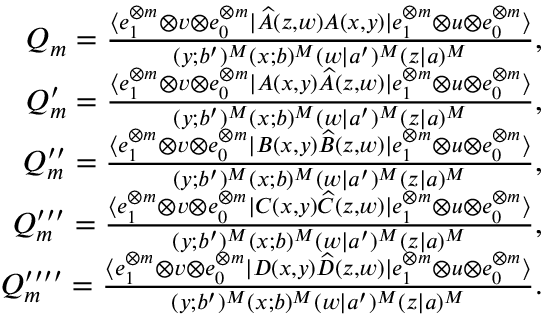
\begin{array} { r } { Q _ { m } = \frac { \langle e _ { 1 } ^ { \otimes m } \otimes v \otimes e _ { 0 } ^ { \otimes m } | \widehat { A } ( z , w ) A ( x , y ) | e _ { 1 } ^ { \otimes m } \otimes u \otimes e _ { 0 } ^ { \otimes m } \rangle } { ( y ; b ^ { \prime } ) ^ { M } ( x ; b ) ^ { M } ( w | a ^ { \prime } ) ^ { M } ( z | a ) ^ { M } } , } \\ { Q _ { m } ^ { \prime } = \frac { \langle e _ { 1 } ^ { \otimes m } \otimes v \otimes e _ { 0 } ^ { \otimes m } | A ( x , y ) \widehat { A } ( z , w ) | e _ { 1 } ^ { \otimes m } \otimes u \otimes e _ { 0 } ^ { \otimes m } \rangle } { ( y ; b ^ { \prime } ) ^ { M } ( x ; b ) ^ { M } ( w | a ^ { \prime } ) ^ { M } ( z | a ) ^ { M } } , } \\ { Q _ { m } ^ { \prime \prime } = \frac { \langle e _ { 1 } ^ { \otimes m } \otimes v \otimes e _ { 0 } ^ { \otimes m } | B ( x , y ) \widehat { B } ( z , w ) | e _ { 1 } ^ { \otimes m } \otimes u \otimes e _ { 0 } ^ { \otimes m } \rangle } { ( y ; b ^ { \prime } ) ^ { M } ( x ; b ) ^ { M } ( w | a ^ { \prime } ) ^ { M } ( z | a ) ^ { M } } , } \\ { Q _ { m } ^ { \prime \prime \prime } = \frac { \langle e _ { 1 } ^ { \otimes m } \otimes v \otimes e _ { 0 } ^ { \otimes m } | C ( x , y ) \widehat { C } ( z , w ) | e _ { 1 } ^ { \otimes m } \otimes u \otimes e _ { 0 } ^ { \otimes m } \rangle } { ( y ; b ^ { \prime } ) ^ { M } ( x ; b ) ^ { M } ( w | a ^ { \prime } ) ^ { M } ( z | a ) ^ { M } } , } \\ { Q _ { m } ^ { \prime \prime \prime \prime } = \frac { \langle e _ { 1 } ^ { \otimes m } \otimes v \otimes e _ { 0 } ^ { \otimes m } | D ( x , y ) \widehat { D } ( z , w ) | e _ { 1 } ^ { \otimes m } \otimes u \otimes e _ { 0 } ^ { \otimes m } \rangle } { ( y ; b ^ { \prime } ) ^ { M } ( x ; b ) ^ { M } ( w | a ^ { \prime } ) ^ { M } ( z | a ) ^ { M } } . } \end{array}